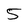
Character: 5